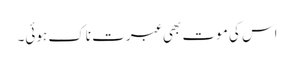
اس کی موت بھی عبرت ناک ہوئی۔